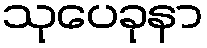
သုပေခုနာ